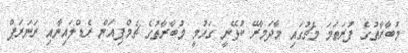
މުބާރާތުގެ ފުރަތަމަ މެޗުގައި މާދަމާރޭ ކުޅޭނީ ގައުމީ މުބާރާތުގެ ޗެމްޕިއަން ރެޑްލައިނާއި ރަނަރަޕް